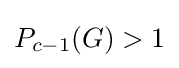
P_{c-1}(G)>1